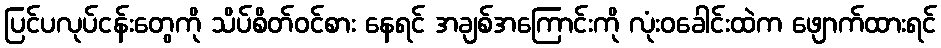
ပြင်ပလုပ်ငန်းတွေကို သိပ်စိတ်ဝင်စား နေရင် အချစ်အကြောင်းကို လုံးဝခေါင်းထဲက ဖျောက်ထားရင်